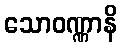
သောဝဏ္ဏာနိ